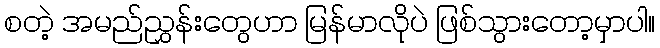
စတဲ့ အမည်ညွှန်းတွေဟာ မြန်မာလိုပဲ ဖြစ်သွားတော့မှာပါ။